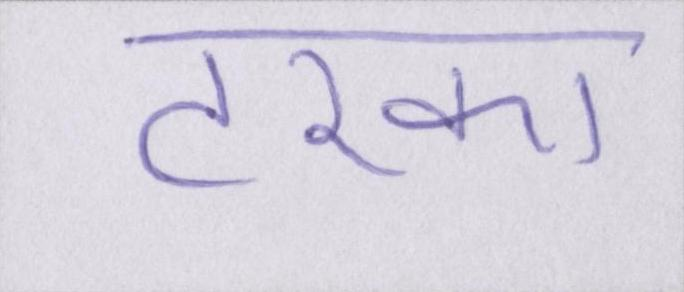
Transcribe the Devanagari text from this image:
टरका